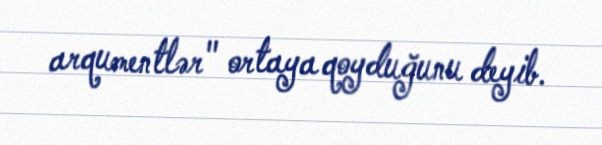
arqumentlər" ortaya qoyduğunu deyib.